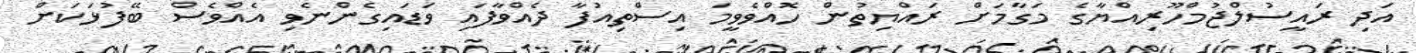
އަދި ރައީސުލްޖުމްހޫރިއްޔާގެ މަގާމަށް ރައްޔިތުން ހޮއްވެވީމަ އިސްތިއުފާ ދެއްވާފައި ވަޑައިގެންނެވި އެއްވެސް ބޭފުޅަކަށް